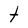
Character: t